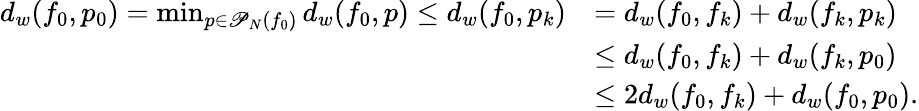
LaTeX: \begin{array}{rl}{d_{w}(f_{0},p_{0})=\operatorname*{min}_{p\in\mathscr P_{N}(f_{0})}d_{w}(f_{0},p)\leq d_{w}(f_{0},p_{k})}&{=d_{w}(f_{0},f_{k})+d_{w}(f_{k},p_{k})}\\ &{\leq d_{w}(f_{0},f_{k})+d_{w}(f_{k},p_{0})}\\ &{\leq 2d_{w}(f_{0},f_{k})+d_{w}(f_{0},p_{0}).}\end{array}